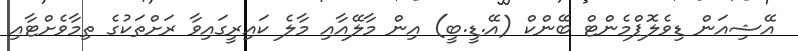
އޭޝިއަން ޑިވެލޮޕްމެންޓް ބޭންކް (އޭ.ޑީ.ބީ) އިން މާލޭއާއި މާލެ ކައިރީގައިވާ ރަށްތަކުގެ ތިމާވެށްޓާއި